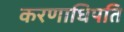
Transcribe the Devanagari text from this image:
करणाधिपति